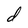
Character: d